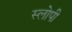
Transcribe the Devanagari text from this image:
स्लोपी